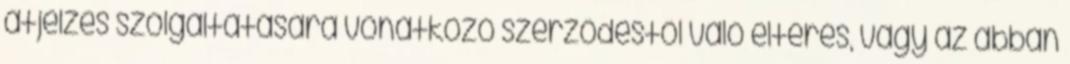
átjelzés szolgáltatására vonatkozó szerzõdéstõl való eltérés, vagy az abban